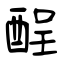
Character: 酲